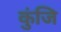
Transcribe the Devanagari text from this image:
कुंजि